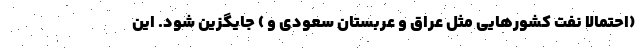
(احتمالا نفت کشورهایی مثل عراق و عربستان سعودی و ) جایگزین شود. این